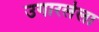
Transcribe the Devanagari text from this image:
उगारलेला